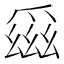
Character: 𪺕